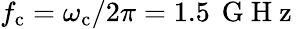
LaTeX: f_{\mathrm{c}}=\omega_{\mathrm{c}}/2\pi=1.5\, \mathrm{~G~H~z~}